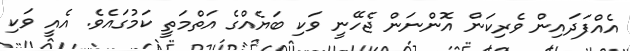
އެއްފަދައިން ވެރިކަން އޮންނަން ޖެހޭނީ ވަކި ބަޔެއްގެ އަތްމަތީ ކަމުގައެވެ. އެއީ ވަކި